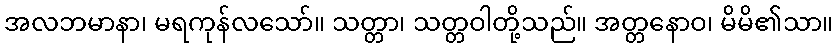
အလဘမာနာ၊ မရကုန်လသော်။ သတ္တာ၊ သတ္တဝါတို့သည်။ အတ္တနောဝ၊ မိမိ၏သာ။